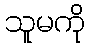
သူမကို